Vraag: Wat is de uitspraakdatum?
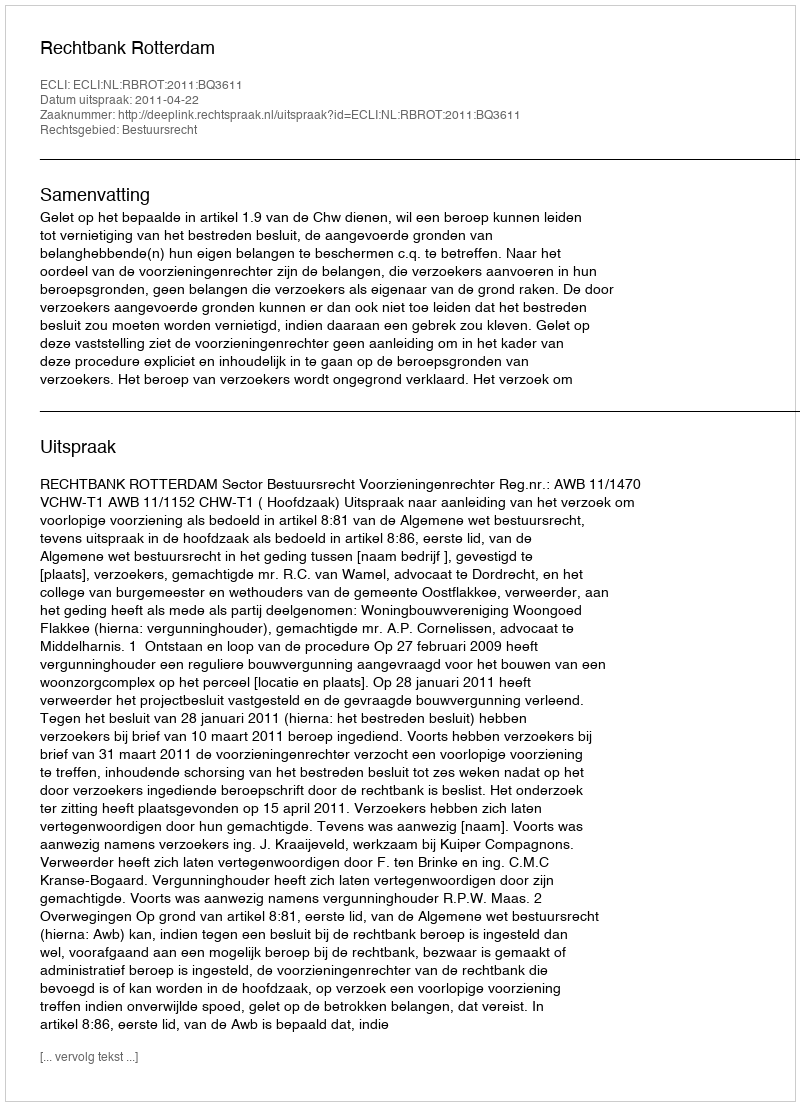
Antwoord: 2011-04-22